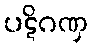
ပဋိဂဏှ